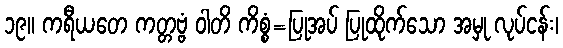
၁၉။ ကရီယတေ ကတ္တဗ္ဗံ ဝါတိ ကိစ္စံ=ပြုအပ် ပြုထိုက်သော အမှု လုပ်ငန်း၊